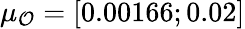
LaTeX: \mu_{\mathcal{O}}=[0.00166;0.02]